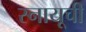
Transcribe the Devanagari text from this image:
स्नायूची